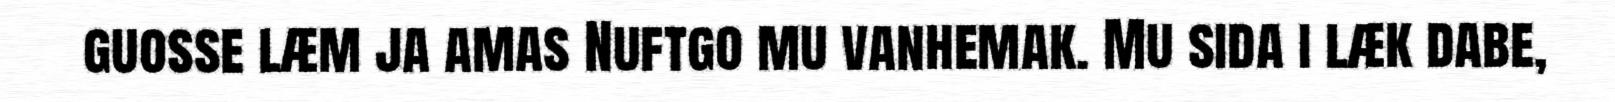
guosse læm ja amas Nuftgo mu vanhemak. Mu sida i læk dabe,